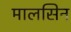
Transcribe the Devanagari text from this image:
मालसिन